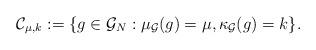
LaTeX: \begin{align*}\mathcal{C}_{\mu,k}:=\{g\in\mathcal{G}_N:\mu_\mathcal{G}(g)=\mu, \kappa_\mathcal{G}(g)=k\}.\end{align*}